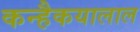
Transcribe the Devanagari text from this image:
कन्हैकयालाल